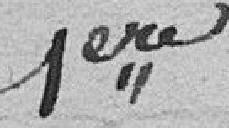
1ere